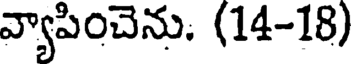
వ్యాపించెను. (14-18)